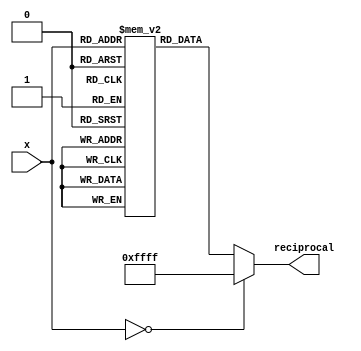
module lut_reciprocal (
    input  wire [7:0]  x,        // 8-bit input
    output reg  [15:0] reciprocal // 16-bit output for the reciprocal
);

// Lookup table for reciprocal values (pre-calculated)
reg [15:0] lut [0:255];

// Initialize the LUT with pre-calculated reciprocal values
initial begin
    // Fill the LUT with reciprocal values
    // Note: This is a simplified example. In practice, you would calculate these values.
    lut[1]  = 16'hFFFF; // 1/1 = 1.0000 (fixed-point representation)
    lut[2]  = 16'h7FFF; // 1/2 = 0.5000
    lut[3]  = 16'h5555; // 1/3 = 0.3333
    lut[4]  = 16'h4000; // 1/4 = 0.2500
    // ... Fill in other values ...
    lut[255] = 16'h0001; // 1/255 = 0.0039 (approx)
end

// Always block to handle input and output
always @(*) begin
    if (x == 0) begin
        reciprocal = 16'hFFFF; // Handle division by zero (return max value or error)
    end else begin
        reciprocal = lut[x]; // Get reciprocal from LUT
    end
end

endmodule